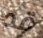
قد